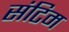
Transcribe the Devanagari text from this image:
संटिम